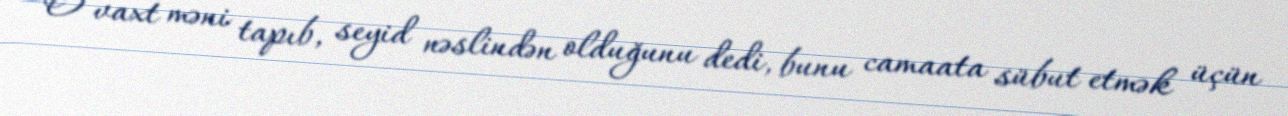
O vaxt məni tapıb, seyid nəslindən olduğunu dedi, bunu camaata sübut etmək üçün